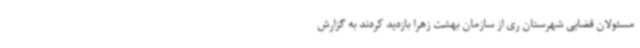
مسئولان قضایی شهرستان ری از سازمان بهشت زهرا بازدید کردند به گزارش